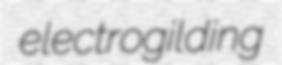
electrogilding